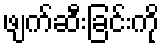
ဖျက်ဆီးခြင်းကို